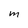
Character: M